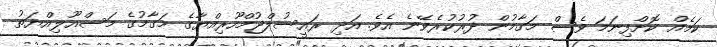
ކަމެއް ކޮށްފިނަމަ ވެސް މަގާމުން ދުރުކުރެވޭނެ އެވެ. އަދި ރައީސުލްޖުމްހޫރިއްޔާގެ މަގާމުގެ މަސްއޫލިއްޔަތު